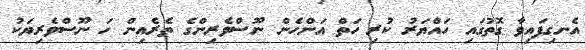
އެނގިފައިވާ ގޮތުގައި ހައްޔަރު ކުރި ހަތް އަންހެން ނޫސްވެރިންގެ ތެރެއިން ހަ ނޫސްވެރިޔަކު